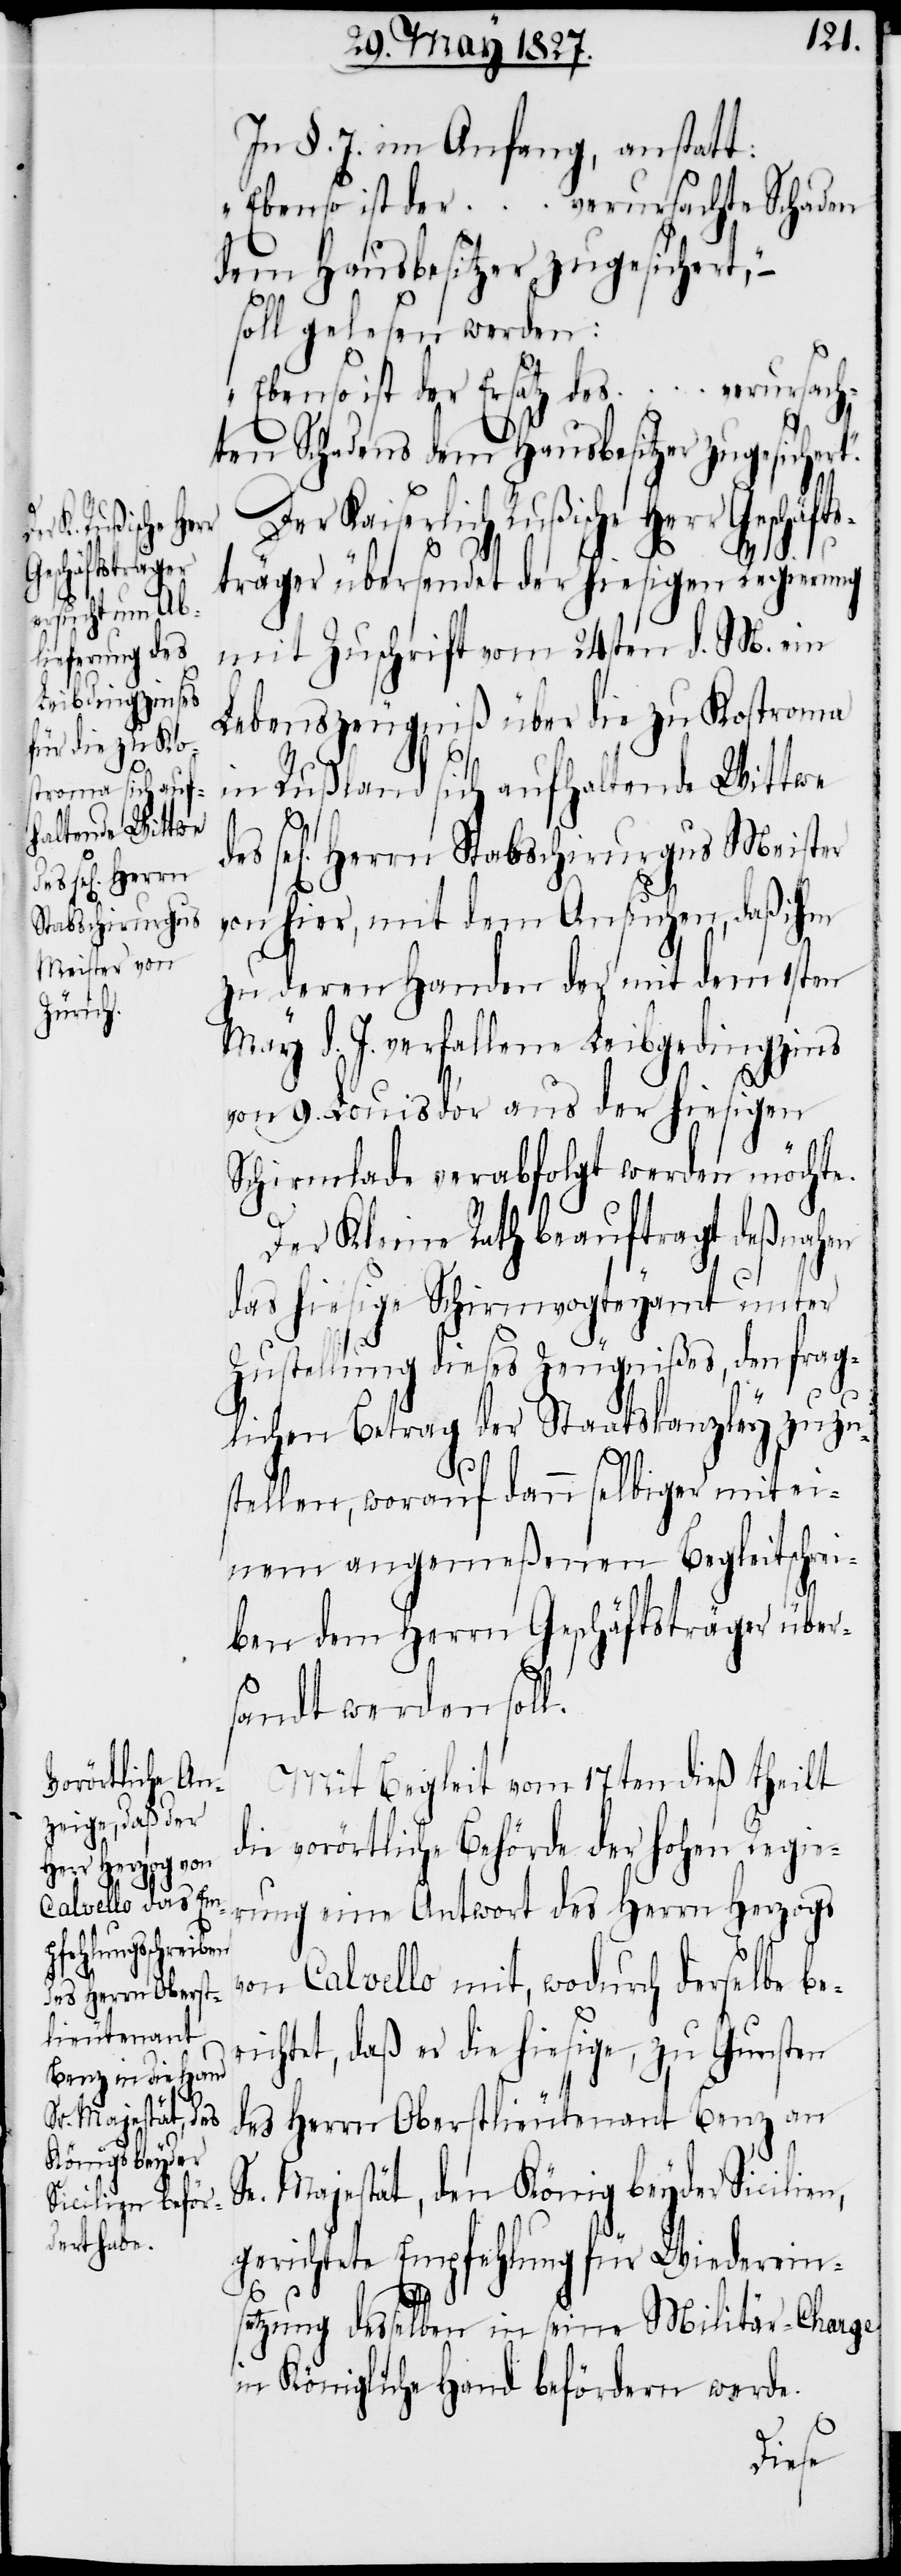
In §. 7. im Anfang, anstatt:
„Ebenso ist der ... verursachte Schaden
dem Hausbesitzer zugesichert,“
soll gelesen werden:
„Ebenso ist der Ersatz des ... verursach¬
ten Schadens dem Hausbesitzer zugesicher¬
Der Kaiserlich Rußische Herr Geschäft¬
s¬
träger übersendet der hiesigen Regierung
mit Zuschrift vom 24sten d. M. ein
Lebenszeugniß über die zu Kostroma
in Rußland sich aufhaltende Wittwe
el[igen] Herrn Stabschirurgus Meister
von hier, mit dem Ansuchen, daß ihm
zu deren Handen der mit dem 1sten
May d. J. verfallene Leibdingzins
von 9. Louis d’or aus der hiesigen
Schirmlade verabfolgt werden möchte.
Der Kleine Rath beauftragt deßnahen
das hiesige Schirmvogteyamt unter
Zustellung dieses Zeugnißes, den frag¬
lichen Betrag der Staatskanzley zuzu¬
stellen, worauf dann selbiger mit ei¬
nem angemeßenen Begleitschrei¬
ben dem Herrn Geschäftsträger übers¬
andt werden soll.
Mit Begleit vom 17ten dieß theilt
die vorörtliche Behörde der Hohen Regie¬
rung eine Antwort des Herrn Herzogs
von Calvello mit, wodurch derselbe be¬
richtet, daß der die hiesige, zu Gunsten
des Herrn Oberstlieutenant Benz an
Se. Majestät, den König beyder Sicilien,
gerichtete Empfehlung für Wiedereinse¬
tzung desselben in seine Militär-Charge
in Königliche Hand befördern werde.